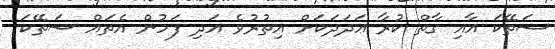
ސަތޭކަ އާއި ގާތް ކުރާ ޢަދަދަކަށް އިތުރުވެ އަދި ފަހުން އެތައް ސަތޭކަ